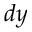
d y